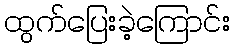
ထွက်ပြေးခဲ့ကြောင်း